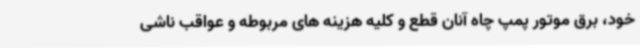
خود، برق موتور پمپ چاه آنان قطع و کلیه هزینه های مربوطه و عواقب ناشی